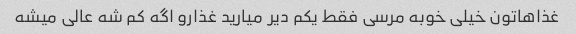
غذاهاتون خیلی خوبه مرسی فقط یکم دیر میارید غذارو اگه کم شه عالی میشه